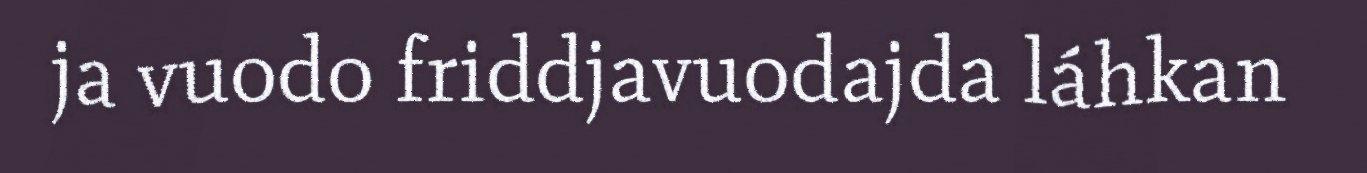
ja vuodo friddjavuodajda láhkan